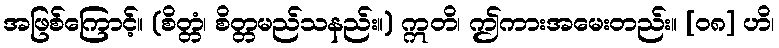
အဖြစ်ကြောင့်။ (စိတ္တံ၊ စိတ္တမည်သနည်း။) ဣတိ၊ ဤကားအမေးတည်း။ [၀၈] ဟိ၊